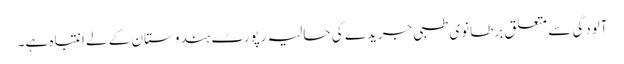
آلودگی سے متعلق برطانوی طبی جریدے کی حالیہ رپورٹ ہندوستان کے لے انتباہ ہے۔